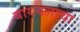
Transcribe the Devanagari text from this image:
बायबलाचा